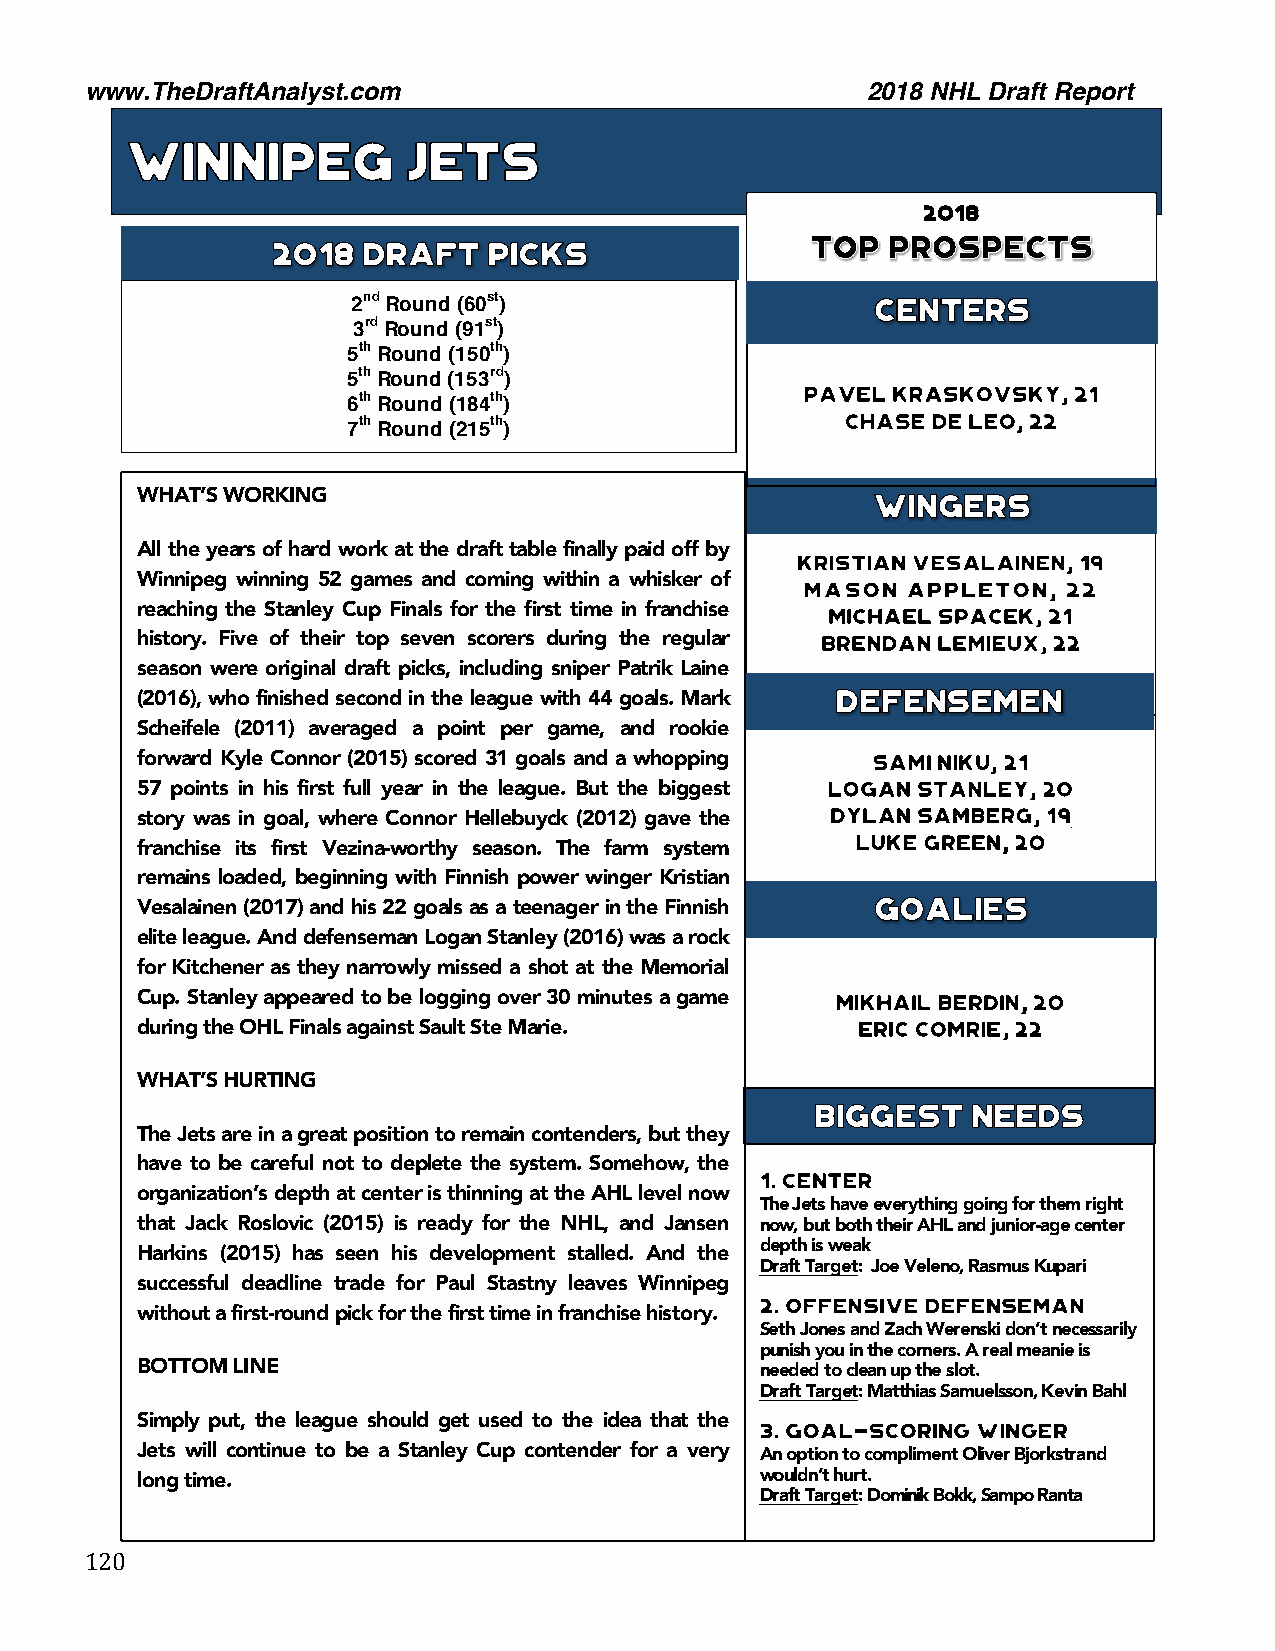
www.TheDraftAnalyst.com                            2018 NHL Draft Report
 2018
 2nd Round (60st)
 3rd Round (91st)
 5th Round (150th)
 5th Round (153rd)
 6th Round (184th)
 7th Round (215th)
 WHAT’S WORKING
 All the years of hard work at the draft table finally paid off by
 Winnipeg winning 52 games and coming within a whisker of
 reaching the Stanley Cup Finals for the first time in franchise
 history. Five of their top seven scorers during the regular
 season were original draft picks, including sniper Patrik Laine
 (2016), who finished second in the league with 44 goals. Mark
 Scheifele (2011) averaged a point per game, and rookie
 forward Kyle Connor (2015) scored 31 goals and a whopping
 57 points in his first full year in the league. But the biggest
 story was in goal, where Connor Hellebuyck (2012) gave the
 franchise its first Vezina-worthy season. The farm system
 remains loaded, beginning with Finnish power winger Kristian
 Vesalainen (2017) and his 22 goals as a teenager in the Finnish
 elite league. And defenseman Logan Stanley (2016) was a rock
 for Kitchener as they narrowly missed a shot at the Memorial
 Cup. Stanley appeared to be logging over 30 minutes a game
 during the OHL Finals against Sault Ste Marie.
 WHAT’S HURTING
 The Jets are in a great position to remain contenders, but they
 have to be careful not to deplete the system. Somehow, the
 organization’s depth at center is thinning at the AHL level now
 The Jets have everything going for them right
 that Jack Roslovic (2015) is ready for the NHL, and Jansen now, but both their AHL and junior-age center
 depth is weak
 Harkins (2015) has seen his development stalled. And the
 Draft Target: Joe Veleno, Rasmus Kupari
 successful deadline trade for Paul Stastny leaves Winn1ip9e9g.
 without a first-round pick for the first time in franchise history.
 Seth Jones and Zach Werenski don’t necessarily
 punish you in the corners. A real meanie is
 BOTTOM LINE                              needed to clean up the slot.
 202. Draft Target: Matthias Samuelsson, Kevin Bahl
 Simply put, the league should get used to the idea that the
 Jets will continue to be a Stanley Cup contender for a very An option to compliment Oliver Bjorkstrand
 long time.                               wouldn’t hurt.
 Draft Target: Dominik Bokk, Sampo Ranta
 1 20